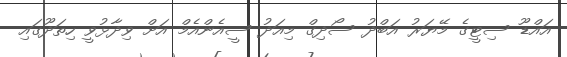
އައްޑޫ ސިޓީގެ މޭޔަރު އަބްދު ސޯދިގް މިއަދު ސީއެންއެމް އަށް ވިދާޅުވީ ހިތަދޫގައި